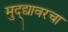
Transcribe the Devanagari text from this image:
मुद्द्यावरचा